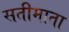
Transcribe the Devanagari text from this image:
सतीमाता